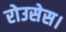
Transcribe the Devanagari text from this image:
रोउसेस।